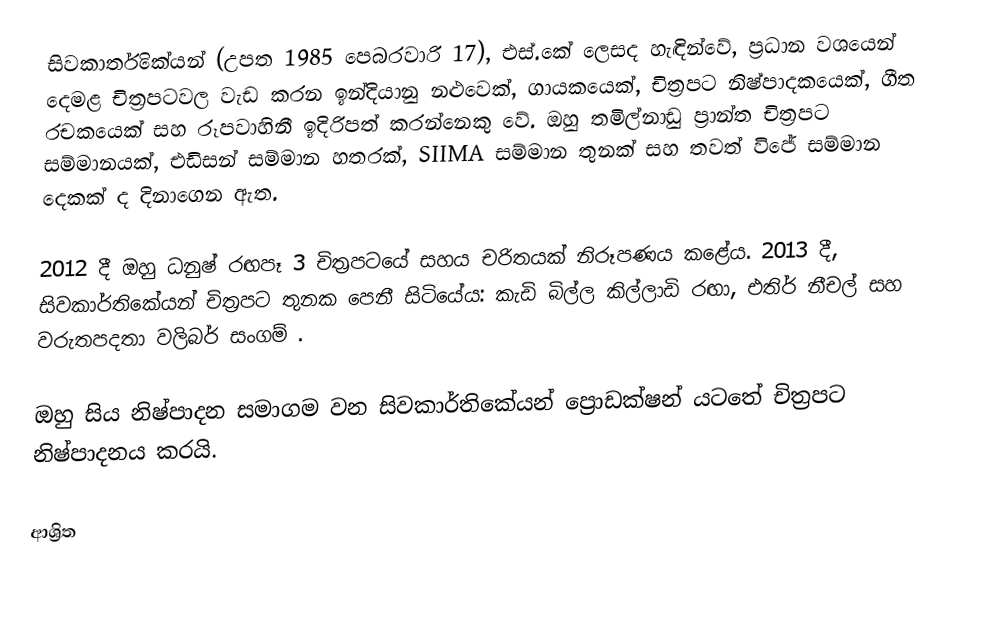
සිවකාර්තිකේයන් (උපත 1985 පෙබරවාරි 17),  එස්.කේ  ලෙසද හැඳින්වේ, ප්‍රධාන වශයෙන් දෙමළ චිත්‍රපටවල වැඩ කරන ඉන්දියානු නළුවෙක්, ගායකයෙක්, චිත්‍රපට නිෂ්පාදකයෙක්, ගීත රචකයෙක් සහ රූපවාහිනී ඉදිරිපත් කරන්නෙකු වේ. ඔහු තමිල්නාඩු ප්‍රාන්ත චිත්‍රපට සම්මානයක්, එඩිසන් සම්මාන හතරක්, SIIMA සම්මාන තුනක් සහ තවත් විජේ සම්මාන දෙකක් ද දිනාගෙන ඇත.

2012 දී ඔහු ධනුෂ් රඟපෑ 3 චිත්‍රපටයේ සහය චරිතයක් නිරූපණය කළේය. 2013 දී, සිවකාර්තිකේයන් චිත්‍රපට තුනක පෙනී සිටියේය: කැඩි බිල්ල කිල්ලාඩි රඟා, එතිර් නීචල් සහ වරුතපදතා වලිබර් සංගම් .

ඔහු සිය නිෂ්පාදන සමාගම වන සිවකාර්තිකේයන් ප්‍රොඩක්ෂන් යටතේ චිත්‍රපට නිෂ්පාදනය කරයි.

ආශ්‍රිත